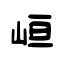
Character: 峘